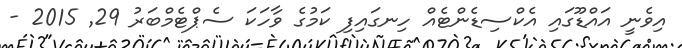
އިވެނީ އައްޑޫގައި އެކްސިޑެންޓެއް ހިނގައިފި ކަމުގެ ވާހަކަ ސެޕްޓެމްބަރު 29